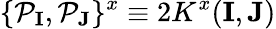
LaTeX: \{ {\cal P}_{\mathbf{I}},{\cal P}_{\mathbf{J}}\} ^{x}\equiv 2K^{x}(\mathbf{I},\mathbf{J})